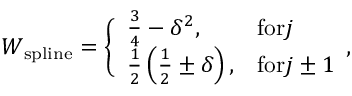
\begin{array} { r } { W _ { \mathrm { s p l i n e } } = \Bigg \{ \begin{array} { l l } { \frac { 3 } { 4 } - { \delta } ^ { 2 } , } & { \mathrm { f o r } j } \\ { \frac { 1 } { 2 } \left( \frac { 1 } { 2 } \pm \delta \right) , } & { \mathrm { f o r } j \pm 1 } \end{array} , } \end{array}